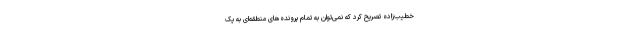
خطیب‌زاده تصریح کرد که نمی‌توان به تمام پرونده‌های منطقه‌ای به یک